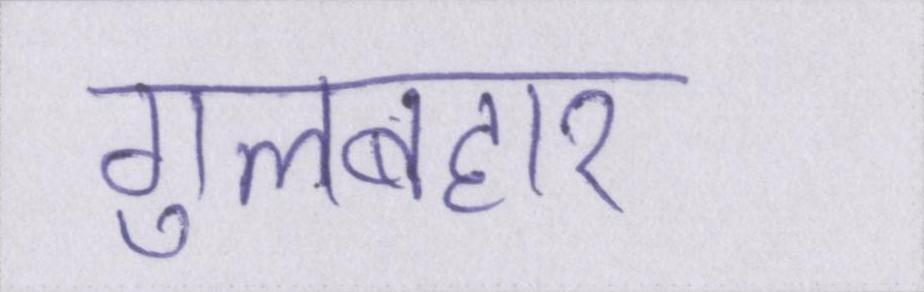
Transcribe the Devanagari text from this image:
गुलबहार